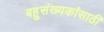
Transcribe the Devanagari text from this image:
बहुसंख्यकांसाठी